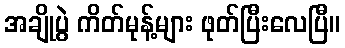
အချိုပွဲ ကိတ်မုန့်များ ဖုတ်ပြီးလေပြီ။